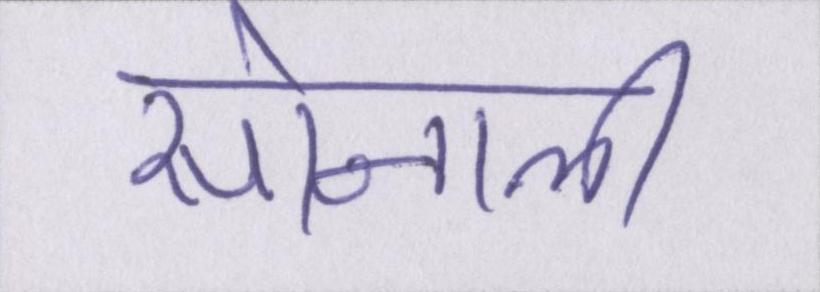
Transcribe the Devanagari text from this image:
सोनाली